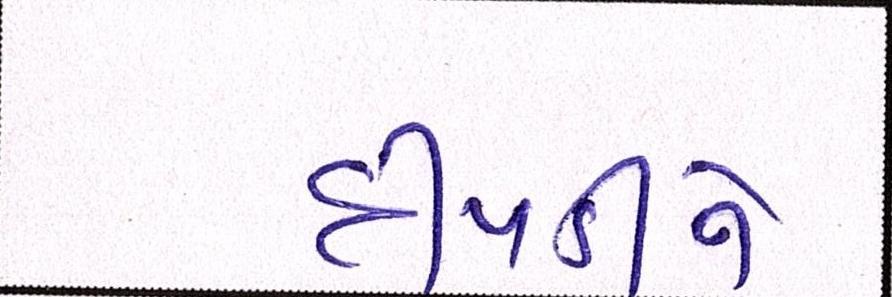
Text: દીપડીને